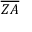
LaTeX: \overline { { Z A } }